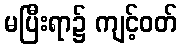
မပြီးရာ၌ ကျင့်ဝတ်